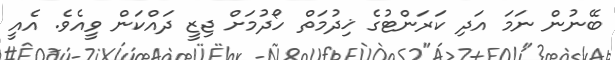
ބޭނުން ނަމަ އަދި ކަރަންޓުގެ ޚިދުމަތް ހޯދުމަށް ޖިޒީ ދައްކަން ވީއެވެ. އެއީ